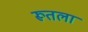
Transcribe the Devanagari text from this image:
रूतला